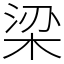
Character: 梁